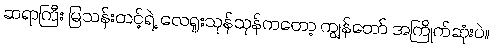
ဆရာကြီး မြသန်းတင့်ရဲ့ လေရူးသုန်သုန်ကတော့ ကျွန်တော် အကြိုက်ဆုံးပဲ။